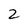
Character: 2